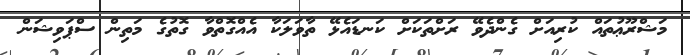
މަޝްރޫޢުތައް ކުރިއަށް ގެންދެވޭ ރަށްތަކަށް ކަނޑައެޅޭ ތާވަލަކާ އެއްގޮތްވާ ގޮތުގެ މަތިން ސްޕަވިޝަން